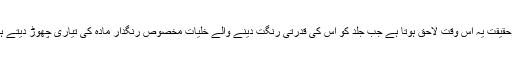
درحقیقت یہ اس وقت لاحق ہوتا ہے جب جلد کو اس کی قدرتی رنگت دینے والے خلیات مخصوص رنگدار مادہ کی تیاری چھوڑ دیتے ہیں۔